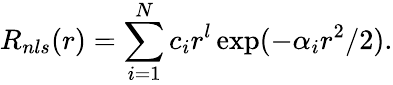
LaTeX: R_{nls}(r)=\sum_{i=1}^{N}c_{i}r^{l}\exp(-\alpha_{i}r^{2}/2).